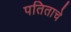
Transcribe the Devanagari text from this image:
पतिताचे